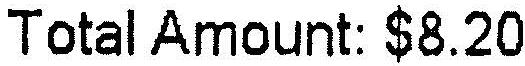
TOTAL AMOUNT: $8.20